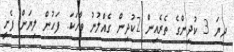
ދިޔަ 3 ކުދިންގެ ތެރެއިން 2ކުދިން ގެއްލުނު ވާހަކަ. ފަހުން ލިޔަން ފެށީ